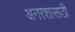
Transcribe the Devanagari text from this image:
अनरशासाठी